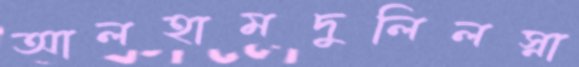
আলহামদুলিলস্না